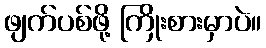
ဖျက်ပစ်ဖို့ ကြိုးစားမှာပဲ။